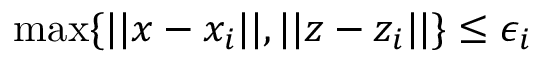
\operatorname* { m a x } \{ | | x - x _ { i } | | , | | z - z _ { i } | | \} \leq \epsilon _ { i }